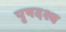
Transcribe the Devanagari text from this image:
पृषदश्व